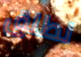
نطلق